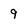
Character: 9